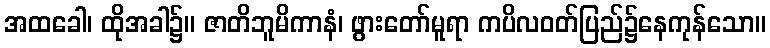
အထခေါ၊ ထိုအခါ၌။ ဇာတိဘူမိကာနံ၊ ဖွားတော်မူရာ ကပိလဝတ်ပြည်၌နေကုန်သော။